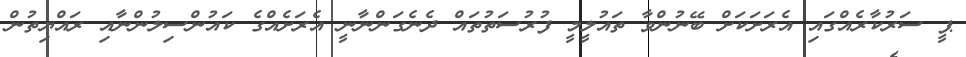
ޕީ ސަރުކާރެއްގައި އެރަށަކަށް ބޭނުންވާ ތައުލީމީ ފުރުސަތުތައް ދެނެގަންނާނީ އެރަށެއްގެ ކައުންސިލުންނާއި ރައްޔިތުން